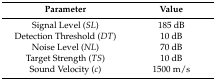
<table><thead><tr><td><b>Parameter</b></td><td><b>Value</b></td></tr></thead><tbody><tr><td>Signal Level (<i>SL</i>)</td><td>185 dB</td></tr><tr><td>Detection Threshold (<i>DT</i>)</td><td>10 dB</td></tr><tr><td>Noise Level (<i>NL</i>)</td><td>70 dB</td></tr><tr><td>Target Strength (<i>TS</i>)</td><td>10 dB</td></tr><tr><td>Sound Velocity (<i>c</i>)</td><td>1500 m/s</td></tr></tbody></table>